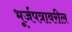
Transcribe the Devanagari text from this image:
भूर्जपत्रावरील